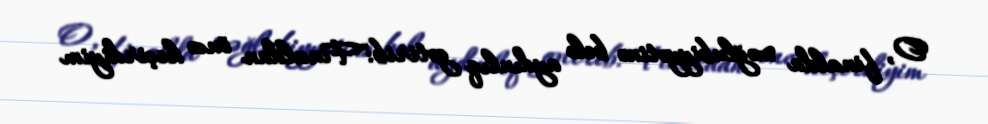
O, finalda məğlubiyyətinə belə aydınlıq gətirib:"Finaldan öncə keçirdiyim